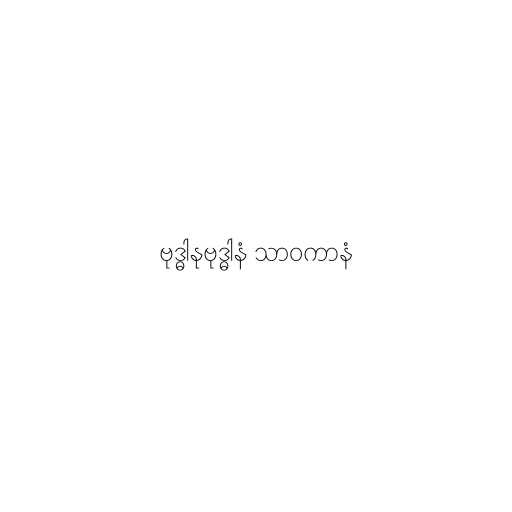
ဗုဒ္ဓါနုဗုဒ္ဓါနံ သာဝကာနံ